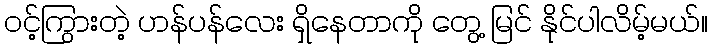
ဝင့်ကြွားတဲ့ ဟန်ပန်လေး ရှိနေတာကို တွေ့ မြင် နိုင်ပါလိမ့်မယ်။